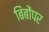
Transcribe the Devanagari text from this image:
बिंबोंपर